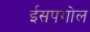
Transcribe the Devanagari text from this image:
ईसपगोल